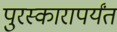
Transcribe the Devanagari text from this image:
पुरस्कारापर्यंत